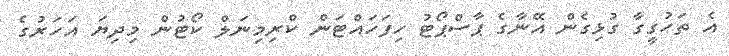
އެ ތަހުގީގާ ގުޅިގެން އޭނާގެ ޕާސްޕޯޓު ހިފަހައްޓަން ކްރިމިނަލް ކޯޓުން މިދިޔަ އަހަރުގެ